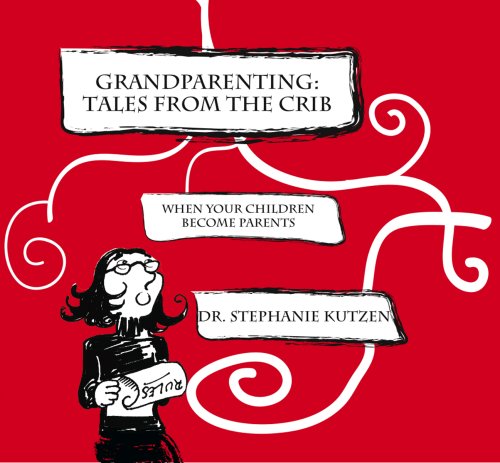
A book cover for Grandparenting: Tales From The Crib -When Your Children Become Parents; Dr. Stephanie Kutzen; Parenting & Relationships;